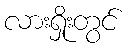
လားရှိုးတွင်